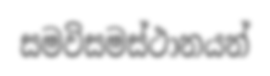
සමවිසමස්ථානයන්